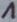
Text: 1